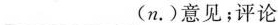
___(n.)意见；评论